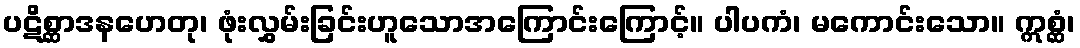
ပဋိစ္ဆာဒနဟေတု၊ ဖုံးလွှမ်းခြင်းဟူသောအကြောင်းကြောင့်။ ပါပကံ၊ မကောင်းသော။ ဣစ္ဆံ၊